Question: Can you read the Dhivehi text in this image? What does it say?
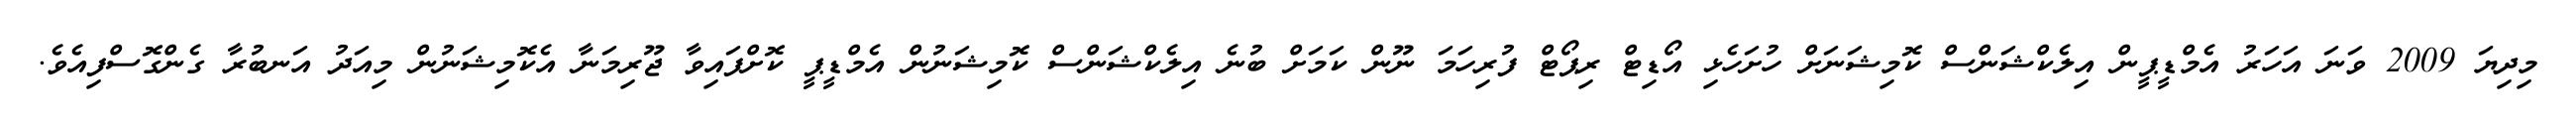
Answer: މިދިޔަ 2009 ވަނަ އަހަރު އެމްޑީޕީން އިލެކްޝަންސް ކޮމިޝަނަށް ހުށަހެޅި އޯޑިޓް ރިޕޯޓް ފުރިހަމަ ނޫން ކަމަށް ބުނެ އިލެކްޝަންސް ކޮމިޝަނުން އެމްޑީޕީ ކޮށްފައިވާ ޖޫރިމަނާ އެކޮމިޝަނުން މިއަދު އަނބުރާ ގެންގޮސްފިއެވެ.